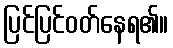
ပြင်ပြင်ဝတ်နေရ၏။